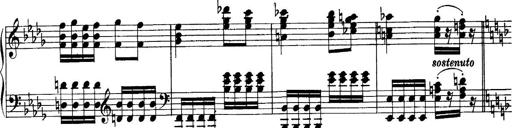
Title: Sonatina No.6
Composer: Ferruccio Busoni